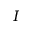
I